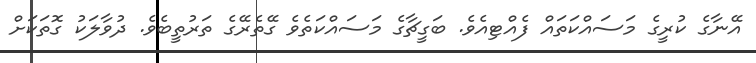
އޭނާގެ ކުރީގެ މަސައްކަތައް ފެއްޓިއެވެ. ބަގީޗާގެ މަސައްކަތެވެ ގޭތެރޭގެ ތަރުތީބެވެ. ދުވާލަކު ގޮތަކަށް